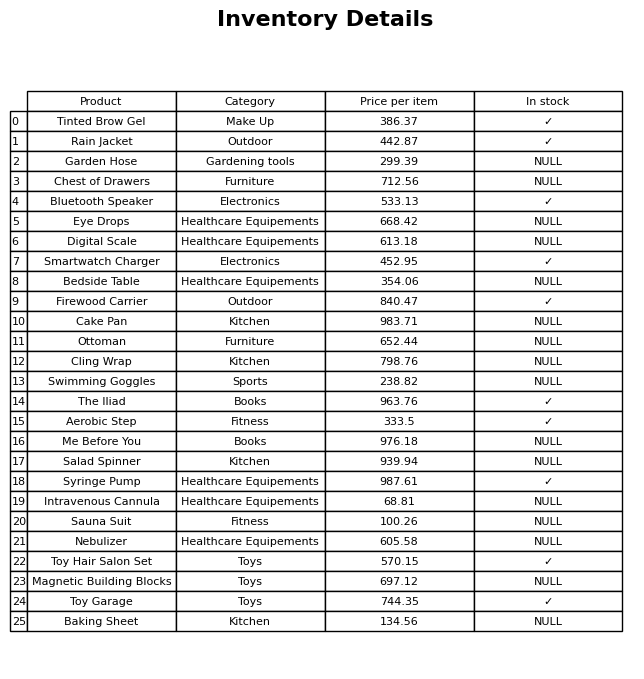
question: What is the price for Magnetic Building Blocks?
answer: The price of Magnetic Building Blocks is 697.12.